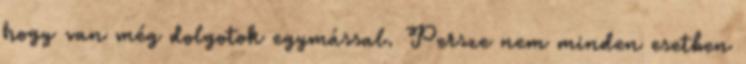
hogy van még dolgotok egymással. Persze nem minden esetben